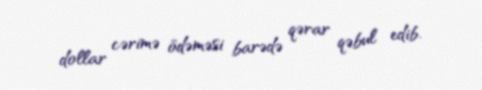
dollar cərimə ödəməsi barədə qərar qəbul edib.